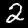
Label: 2